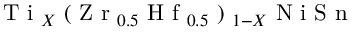
\mathrm { ~ T ~ i ~ } _ { X } \mathrm { ~ ( ~ Z ~ r ~ } _ { 0 . 5 } \mathrm { ~ H ~ f ~ } _ { 0 . 5 } \mathrm { ~ ) ~ } _ { 1 - X } \mathrm { ~ N ~ i ~ S ~ n ~ }